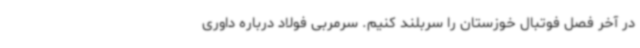
در آخر فصل فوتبال خوزستان را سربلند کنیم. سرمربی فولاد درباره داوری